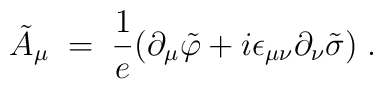
{\tilde A}_\mu \;=\; \frac{1}{e} ( \partial_\mu {\tilde \varphi} + i \epsilon_{\mu \nu} \partial_\nu {\tilde \sigma}) \;.